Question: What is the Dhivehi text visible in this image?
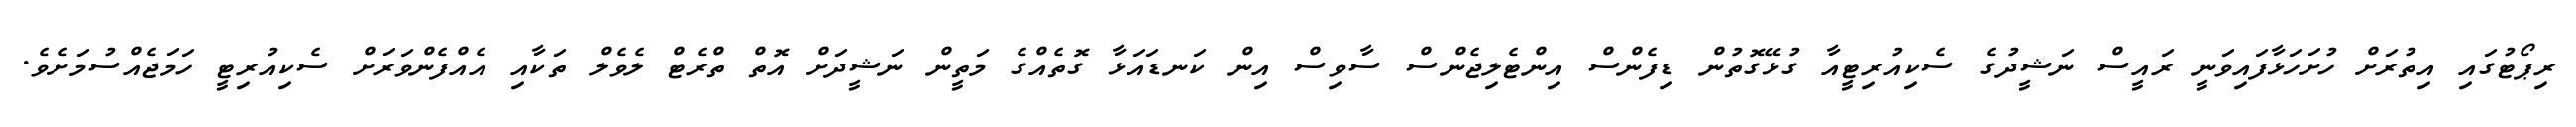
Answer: ރިޕޯޓުގައި އިތުރަށް ހުށަހަޅާފައިވަނީ ރައީސް ނަޝީދުގެ ސެކިއުރިޓީއާ ގުޅޭގޮތުން ޑިފެންސް އިންޓެލިޖެންސް ސާވިސް އިން ކަނޑައަޅާ ގޮތެއްގެ މަތީން ނަޝީދަށް އޮތް ތްރެޓް ލެވެލް ތަކާއި އެއްފެންވަރަށް ސެކިއުރިޓީ ހަމަޖެއްސުމަށެވެ.